Report of the Indian Hemp Drugs Commission, 1894-1895 - Volume V
Year: 1894
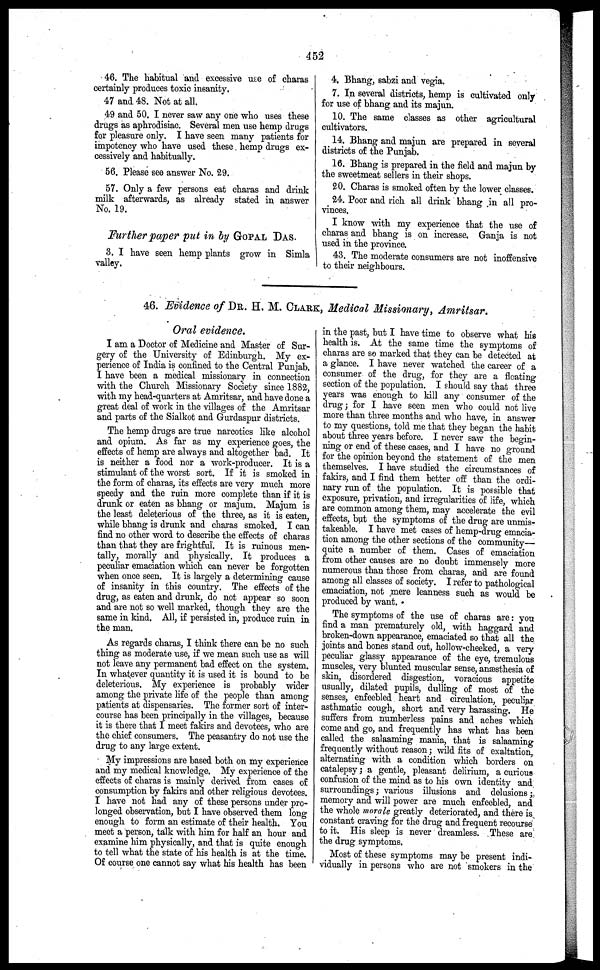
452
46. The habitual and excessive use of charas
certainly produces toxic insanity.
47 and 48. Not at all.
49 and 50. I never saw any one who uses these
drugs as aphrodisiac. Several men use hemp drugs
for pleasure only. I have seen many patients for
impotency who have used these hemp drugs ex-
cessively and habitually.
56. Please see answer No. 29.
57. Only a few persons eat charas and drink
milk afterwards, as already stated in answer
No. 19.
Further paper put in by GOPAL DAS.
3. I have seen hemp plants grow in Simla
valley.
4. Bhang, sabzi and vegia.
7. In several districts, hemp is cultivated only
for use of bhang and its majun.
10. The same classes as other agricultural
cultivators.
14. Bhang and majun are prepared in several
districts of the Punjab.
16. Bhang is prepared in the field and majun by
the sweetmeat sellers in their shops.
20. Charas is smoked often by the lower classes.
24. Poor and rich all drink bhang in all pro-
vinces.
I know with my experience that the use of
charas and bhang is on increase. Ganja is not
used in the province.
43. The moderate consumers are not inoffensive
to their neighbours.
46. Evidence of DR. H. M. CLARK, Medical Missionary, Amritsar.
Oral evidence.
I am a Doctor of Medicine and Master of Sur-
gery of the University of Edinburgh. My ex-
perience of India is confined to the Central Punjab.
I have been a medical missionary in connection
with the Church Missionary Society since 1882,
with my head-quarters at Amritsar, and have done a
great deal of work in the villages of the Amritsar
and parts of the Sialkot and Gurdaspur districts.
The hemp drugs are true narcotics like alcohol
and opium. As far as my experience goes, the
effects of hemp are always and altogether bad. It
is neither a food nor a work-producer. It is a
stimulant of the worst sort. If it is smoked in
the form of charas, its effects are very much more
speedy and the ruin more complete than if it is
drunk or eaten as bhang or majum. Majum is
the least deleterious of the three, as it is eaten,
while bhang is drunk and charas smoked. I can
find no other word to describe the effects of charas
than that they are frightful. It is ruinous men-
tally, morally and physically. It produces a
peculiar emaciation which can never be forgotten
when once seen. It is largely a determining cause
of insanity in this country. The effects of the
drug, as eaten and drunk, do not appear so soon
and are not so well marked, though they are the
same in kind. All, if persisted in, produce ruin in
the man.
As regards charas, I think there can be no such
thing as moderate use, if we mean such use as will
not leave any permanent bad effect on the system.
In whatever quantity it is used it is bound to be
deleterious. My experience is probably wider
among the private life of the people than among
patients at dispensaries. The former sort of inter-
course has been principally in the villages, because
it is there that I meet fakirs and devotees, who are
the chief consumers. The peasantry do not use the
drug to any large extent.
My impressions are based both on my experience
and my medical knowledge. My experience of the
effects of charas is mainly derived from cases of
consumption by fakirs and other religious devotees.
I have not had any of these persons under pro-
longed observation, but I have observed them long
enough to form an estimate of their health. You
meet a person, talk with him for half an hour and
examine him physically, and that is quite enough
to tell what the state of his health is at the time.
Of course one cannot say what his health has been
in the past, but I have time to observe what his
health is. At the same time the symptoms of
charas are so marked that they can be detected at
a glance. I have never watched the career of a
consumer of the drug, for they are a floating
section of the population. I should say that three
years was enough to kill any consumer of the
drug; for I have seen men who could not live
more than three months and who have, in answer
to my questions, told me that they began the habit
about three years before. I never saw the begin-
ning or end of these cases, and I have no ground
for the opinion beyond the statement of the men
themselves. I have studied the circumstances of
fakirs, and I find them better off than the ordi-
nary run of the population. It is possible that
exposure, privation, and irregularities of life, which
are common among them, may accelerate the evil
effects, but the symptoms of the drug are unmis-
takeable. I have met cases of hemp-drug emacia-
tion among the other sections of the community—
quite a number of them. Cases of emaciation
from other causes are no doubt immensely more
numerous than those from charas, and are found
among all classes of society. I refer to pathological
emaciation, not mere leanness such as would be
produced by want.
The symptoms of the use of charas are: you
find a man prematurely old, with haggard and
broken-down appearance, emaciated so that all the
joints and bones stand out, hollow-cheeked, a very
peculiar glassy appearance of the eye, tremulous
muscles, very blunted muscular sense, anæsthesia of
skin, disordered disgestion, voracious appetite
usually, dilated pupils, dulling of most of the
senses, enfeebled heart and circulation, peculiar
asthmatic cough, short and very harassing. He
suffers from numberless pains and aches which
come and go, and frequently has what has been
called the salaaming mania, that is salaaming
frequently without reason; wild fits of exaltation,
alternating with a condition which borders on
catalepsy ; a gentle, pleasant delirium, a curious
confusion of the mind as to his own identity and
surroundings; various illusions and delusions;
memory and will power are much enfeebled, and
the whole morale greatly deteriorated, and there is
constant craving for the drug and frequent recourse
to it. His sleep is never dreamless. These are
the drug symptoms.
Most of these symptoms may be present indi-
vidually in persons who are not smokers in the